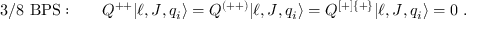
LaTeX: \mathrm { 3 / 8 ~ B P S : } \qquad Q ^ { + + } | \ell , J , q _ { i } \rangle = Q ^ { ( + + ) } | \ell , J , q _ { i } \rangle = Q ^ { [ + ] \{ + \} } | \ell , J , q _ { i } \rangle = 0 \; .